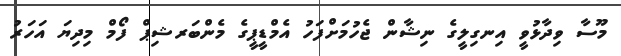
މޫސާ ވިދާޅުވީ އިނގިލީގެ ނިޝާން ޖެހުމަށްފަހު އެމްޑީޕީގެ މެންބަރޝިޕް ފޯމް މިދިޔަ އަހަރު